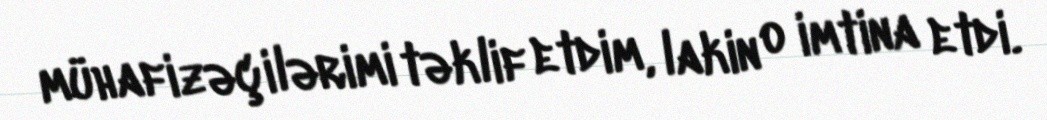
mühafizəçilərimi təklif etdim, lakin o imtina etdi.